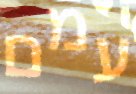
עמם